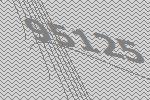
95125